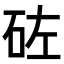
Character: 𥑰